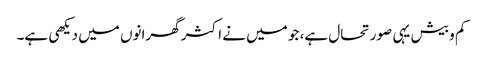
کم و بیش یہی صورتحال ہے، جو میں نے اکثر گھرانوں میں دیکھی ہے۔